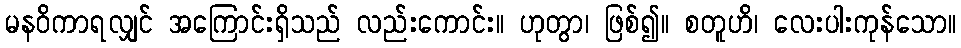
မနဝိကာရလျှင် အကြောင်းရှိသည် လည်းကောင်း။ ဟုတွာ၊ ဖြစ်၍။ စတူဟိ၊ လေးပါးကုန်သော။